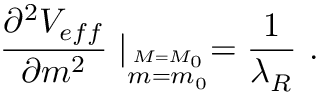
{ \frac { \partial ^ { 2 } V _ { e f f } } { \partial m ^ { 2 } } } \mid _ { \stackrel { M = M _ { 0 } } { m = m _ { 0 } } } = { \frac { 1 } { \lambda _ { R } } } ~ .